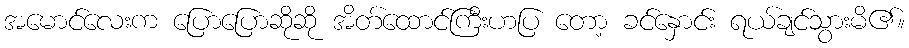
အမောင်လေးက ပြောပြောဆိုဆို အိတ်ထောင်ကြီးဟပြ တော့ ခင်နှောင်း ရယ်ချင်သွားမိ၏။